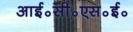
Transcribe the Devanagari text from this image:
आई॰सी॰एस॰ई॰